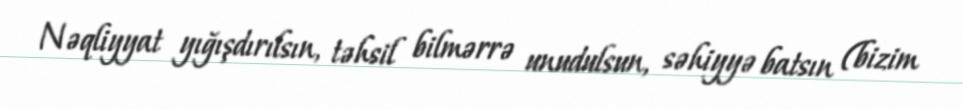
Nəqliyyat yığışdırılsın, təhsil bilmərrə unudulsun, səhiyyə batsın (bizim